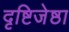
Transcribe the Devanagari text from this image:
दृष्टिजेष्ठा